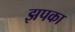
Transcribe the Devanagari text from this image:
झपका